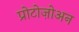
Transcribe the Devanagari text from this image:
प्रोटोज़ोअन